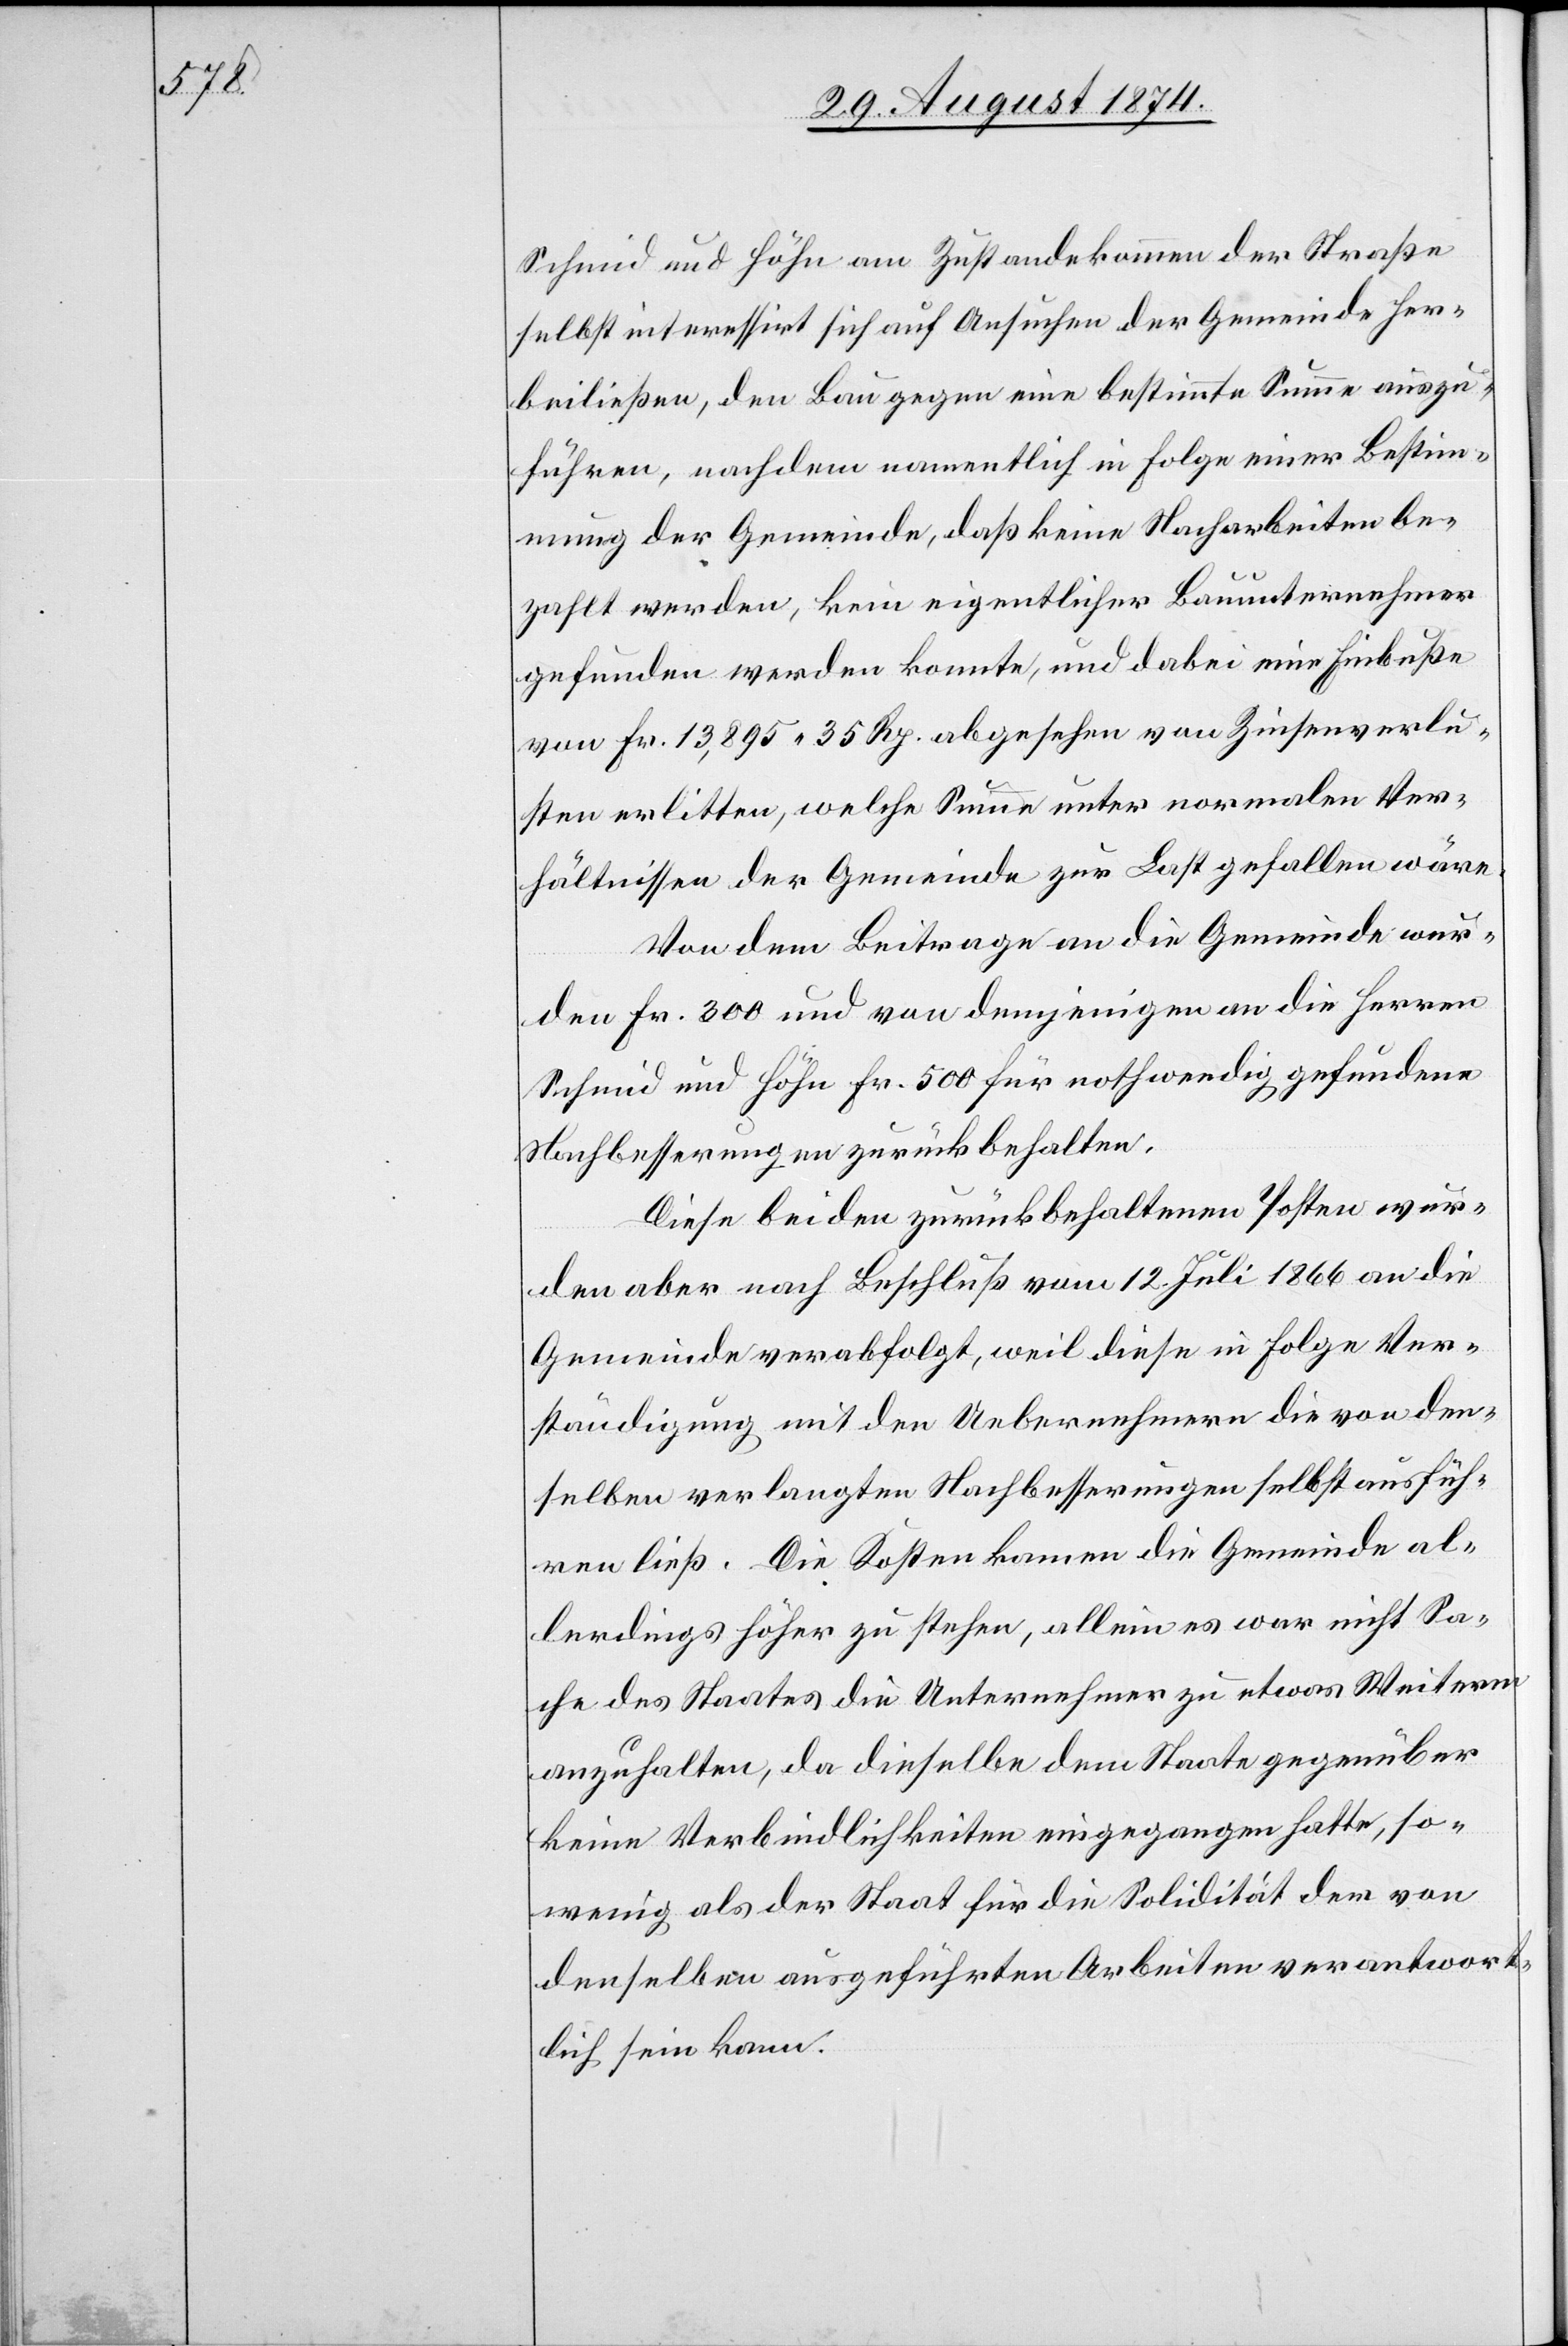
Schmid und Höhe am Zustandekommen der Straße
selbst interessirt sich auf Ansuchen der Gemeinde her¬
beiließen, den Bau gegen eine bestimmte Summe auszu¬
führen, nachdem namentlich in Folge einer Bestim¬
mung der Gemeinde, daß keine Nacharbeiten be¬
zahlt werden, kein eigentlicher Bauunternehmer
gefunden werden konnte, und dabei eine Einbuße
von Fr. 13,895.35 Rp. abgesehen von Zinsenverlu¬
sten erlitten, welche Summe unter normalen Ver¬
hältnissen der Gemeinde zur Last gefallen wäre.
Von dem Beitrage an die Gemeinde wur¬
den Fr. 300 und von demjenigen an die Herren
Schmid und Höhe Fr. 500 für nothwendig gefundene
Nachbesserungen zurückbehalten.
Diese beiden zurückbehaltenen Posten wur¬
den aber nach Beschluß vom 12. Juli 1866 an die
Gemeinde verabfolgt, weil diese in Folge Ver¬
ständigung mit den Uebernehmern die von den¬
selben verlangten Nachbesserungen selbst ausfüh¬
ren ließ. Die Kosten kommen die Gemeinde al¬
lerdings höher zu stehen, allein es war nicht Sa¬
che des Staates die Unternehmer zu etwas Weiterm
anzuhalten, da dieselbe dem Staate gegenüber
keine Verbindlichkeiten eingegangen hatte, so¬
wenig als der Staat für die Solidität der von
denselben ausgeführten Arbeiten verantwort¬
lich sein kann.